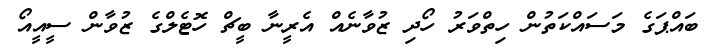
ބައްޕަގެ މަސައްކަތުން ހިތްވަރު ހޯދި ޒުވާނެއް އެެރީނާ ބީޗް ހޮޓެލްގެ ޒުވާން ސީއީއޯ